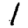
Digit: 1